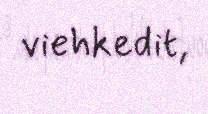
viehkedit,